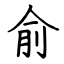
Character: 俞